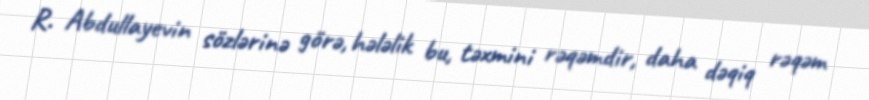
R. Abdullayevin sözlərinə görə, hələlik bu, təxmini rəqəmdir, daha dəqiq rəqəm